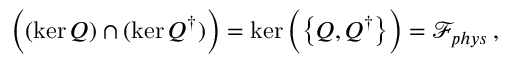
\Big ( ( \ker Q ) \cap ( \ker Q ^ { \dagger } ) \Big ) = \ker \Big ( \big \{ Q , Q ^ { \dagger } \big \} \Big ) = \mathcal { F } _ { p h y s } \, ,